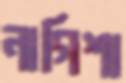
নাগিশা